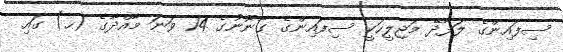
ސިފައިންގެ ލަފާދޭ މަޖިލީހަކީ ސިފައިންގެ ގާނޫނުގެ 14 ވަނަ މާއްދާގެ (ހ) ގައި